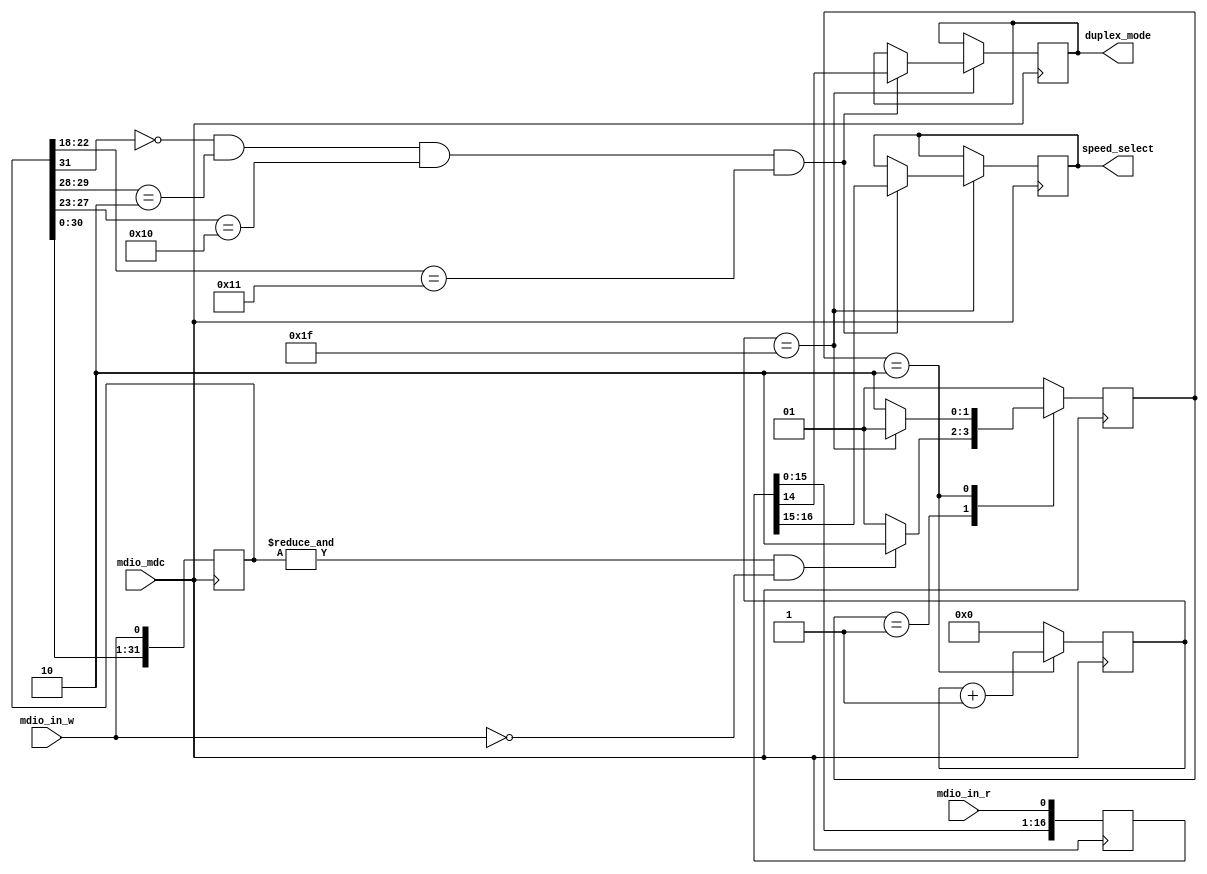
`timescale 1ns/100ps

// ***************************************************************************
// ***************************************************************************
// Copyright 2014 - 2017 (c) Analog Devices, Inc. All rights reserved.
//
// In this HDL repository, there are many different and unique modules, consisting
// of various HDL (Verilog or VHDL) components. The individual modules are
// developed independently, and may be accompanied by separate and unique license
// terms.
//
// The user should read each of these license terms, and understand the
// freedoms and responsibilities that he or she has by using this source/core.
//
// This core is distributed in the hope that it will be useful, but WITHOUT ANY
// WARRANTY; without even the implied warranty of MERCHANTABILITY or FITNESS FOR
// A PARTICULAR PURPOSE.
//
// Redistribution and use of source or resulting binaries, with or without modification
// of this file, are permitted under one of the following two license terms:
//
//   1. The GNU General Public License version 2 as published by the
//      Free Software Foundation, which can be found in the top level directory
//      of this repository (LICENSE_GPL2), and also online at:
//      <https://www.gnu.org/licenses/old-licenses/gpl-2.0.html>
//
// OR
//
//   2. An ADI specific BSD license, which can be found in the top level directory
//      of this repository (LICENSE_ADIBSD), and also on-line at:
//      https://github.com/analogdevicesinc/hdl/blob/master/LICENSE_ADIBSD
//      This will allow to generate bit files and not release the source code,
//      as long as it attaches to an ADI device.
//
// ***************************************************************************
// ***************************************************************************

module mdc_mdio #(

  parameter PHY_AD = 5'b10000) (

  input                   mdio_mdc,
  input                   mdio_in_w,
  input                   mdio_in_r,

  output  reg [ 1:0]      speed_select,
  output  reg             duplex_mode);


  localparam IDLE     = 2'b01;
  localparam ACQUIRE  = 2'b10;

  wire        preamble;

  reg [ 1:0]  current_state = IDLE;
  reg [ 1:0]  next_state    = IDLE;
  reg [31:0]  data_in       = 32'h0;
  reg [31:0]  data_in_r     = 32'h0;
  reg [ 5:0]  data_counter  = 6'h0;

  assign preamble = &data_in;

  always @(posedge mdio_mdc) begin
    current_state <= next_state;
    data_in <= {data_in[30:0], mdio_in_w};
    if (current_state == ACQUIRE) begin
      data_counter <= data_counter + 1;
    end else begin
      data_counter <= 0;
    end
    if (data_counter == 6'h1f) begin
      if (data_in[31] == 1'b0 && data_in[29:28]==2'b10 && data_in[27:23] == PHY_AD && data_in[22:18] == 5'h11) begin
        speed_select <= data_in_r[16:15] ;
        duplex_mode  <= data_in_r[14];
      end
    end
  end

  always @(negedge mdio_mdc) begin
    data_in_r <= {data_in_r[30:0], mdio_in_r};
  end

  always @(*) begin
    case (current_state)
      IDLE: begin
        if (preamble == 1 && mdio_in_w == 0) begin
          next_state <= ACQUIRE;
        end else begin
          next_state <= IDLE;
        end
      end
      ACQUIRE: begin
        if (data_counter == 6'h1f) begin
          next_state <= IDLE;
        end else begin
          next_state <= ACQUIRE;
        end
      end
      default: begin
        next_state <= IDLE;
      end
    endcase
  end

endmodule